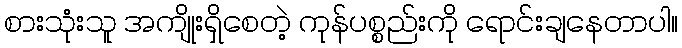
စားသုံးသူ အကျိုးရှိစေတဲ့ ကုန်ပစ္စည်းကို ရောင်းချနေတာပါ။